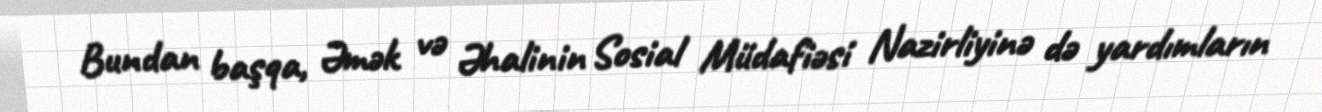
Bundan başqa, Əmək və Əhalinin Sosial Müdafiəsi Nazirliyinə də yardımların